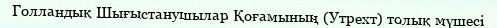
Голландық Шығыстанушылар Қоғамының (Утрехт) толық мүшесі